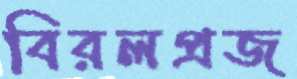
বিরলপ্রজ